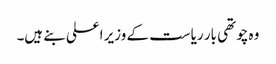
وہ چوتھی بار ریاست کے وزیر اعلی بنے ہیں۔